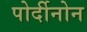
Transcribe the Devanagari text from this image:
पोर्दीनोन